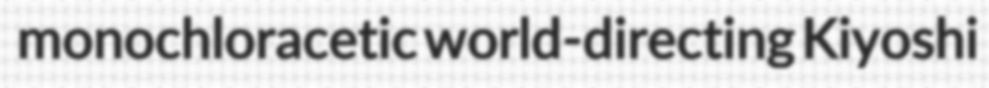
monochloracetic world-directing Kiyoshi